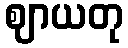
ဈာယတု